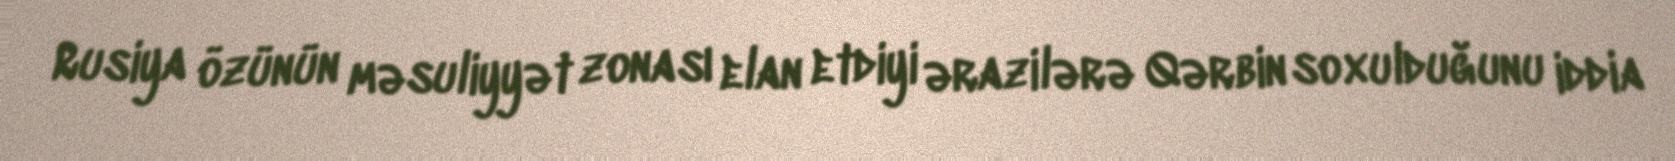
Rusiya özünün məsuliyyət zonası elan etdiyi ərazilərə Qərbin soxulduğunu iddia